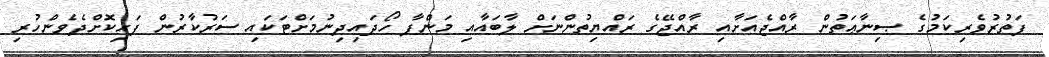
ފަތުރުވެރިކަމުގެ ޞިނާޢަތުން ރާއްޖެއަށާއި ރާއްޖޭގެ ރައްޔިތުންނަށް ލާބައާއި މަންފާ ހޯދައިދިނުމަށްޓަކައި ސަރުކާރުން ފަހިކޮށްދެވެންހުރި